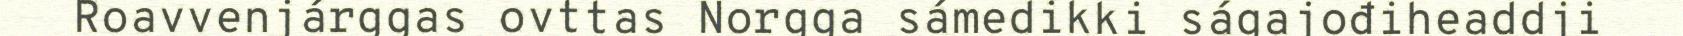
Roavvenjárggas ovttas Norgga sámedikki ságajođiheaddji